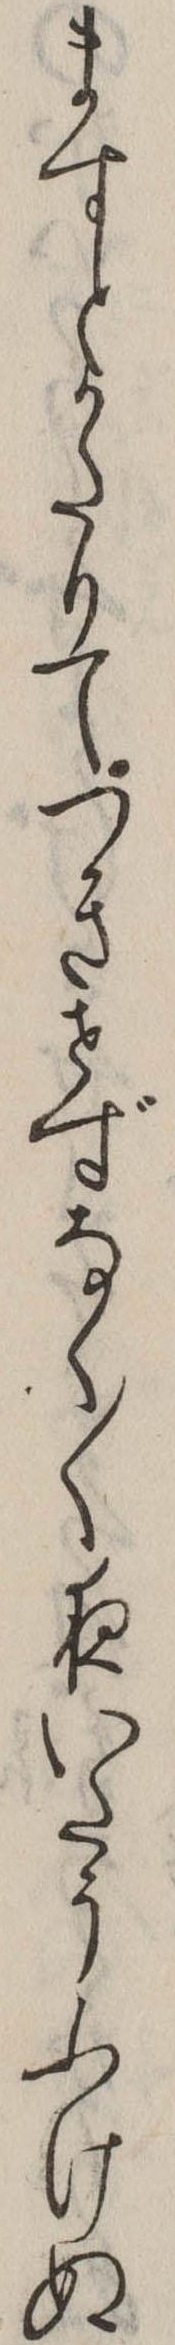
ますとかたりてつきせずなく〱夜いたうふけぬ